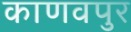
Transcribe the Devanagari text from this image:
काणवपुर